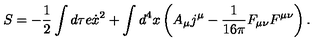
S = - \frac 1 2 \int d \tau e \dot { x } ^ { 2 } + \int d ^ { 4 } x \left( A _ { \mu } j { } ^ { \mu } - \frac { 1 } { 1 6 \pi } F _ { \mu \nu } F ^ { \mu \nu } \right) .